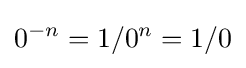
0^{-n}=1/0^{n}=1/0